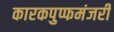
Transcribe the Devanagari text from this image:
कारकपुप्फमंजरी